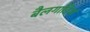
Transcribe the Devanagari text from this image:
बैलगाडियां